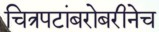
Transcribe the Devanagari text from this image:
चित्रपटांबरोबरीनेच